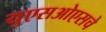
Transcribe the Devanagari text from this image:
युएसओएसचे